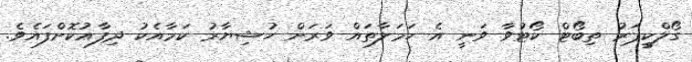
ގޯލްކީޕަރު ތިބޯޓް ކޯޓުވާ ވަނީ އެ ހަމަލާތައް ވަރަށް ހުޝިޔާރު ކަމާއެކު ދިފާއުކޮށްފައެވެ.